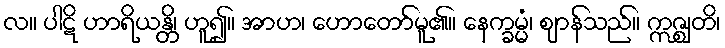
လ။ ပါဋိ ဟာရိယန္တိ၊ ဟူ၍။ အာဟ၊ ဟောတော်မူ၏။ နေက္ခမ္မံ၊ ဈာန်သည်။ ဣဇ္ဈတိ၊